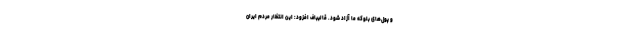
و پول­های بلوکه ما آزاد شود. قالیباف افزود: این انتظار مردم ایران